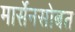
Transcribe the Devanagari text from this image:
मार्सेनसोबत